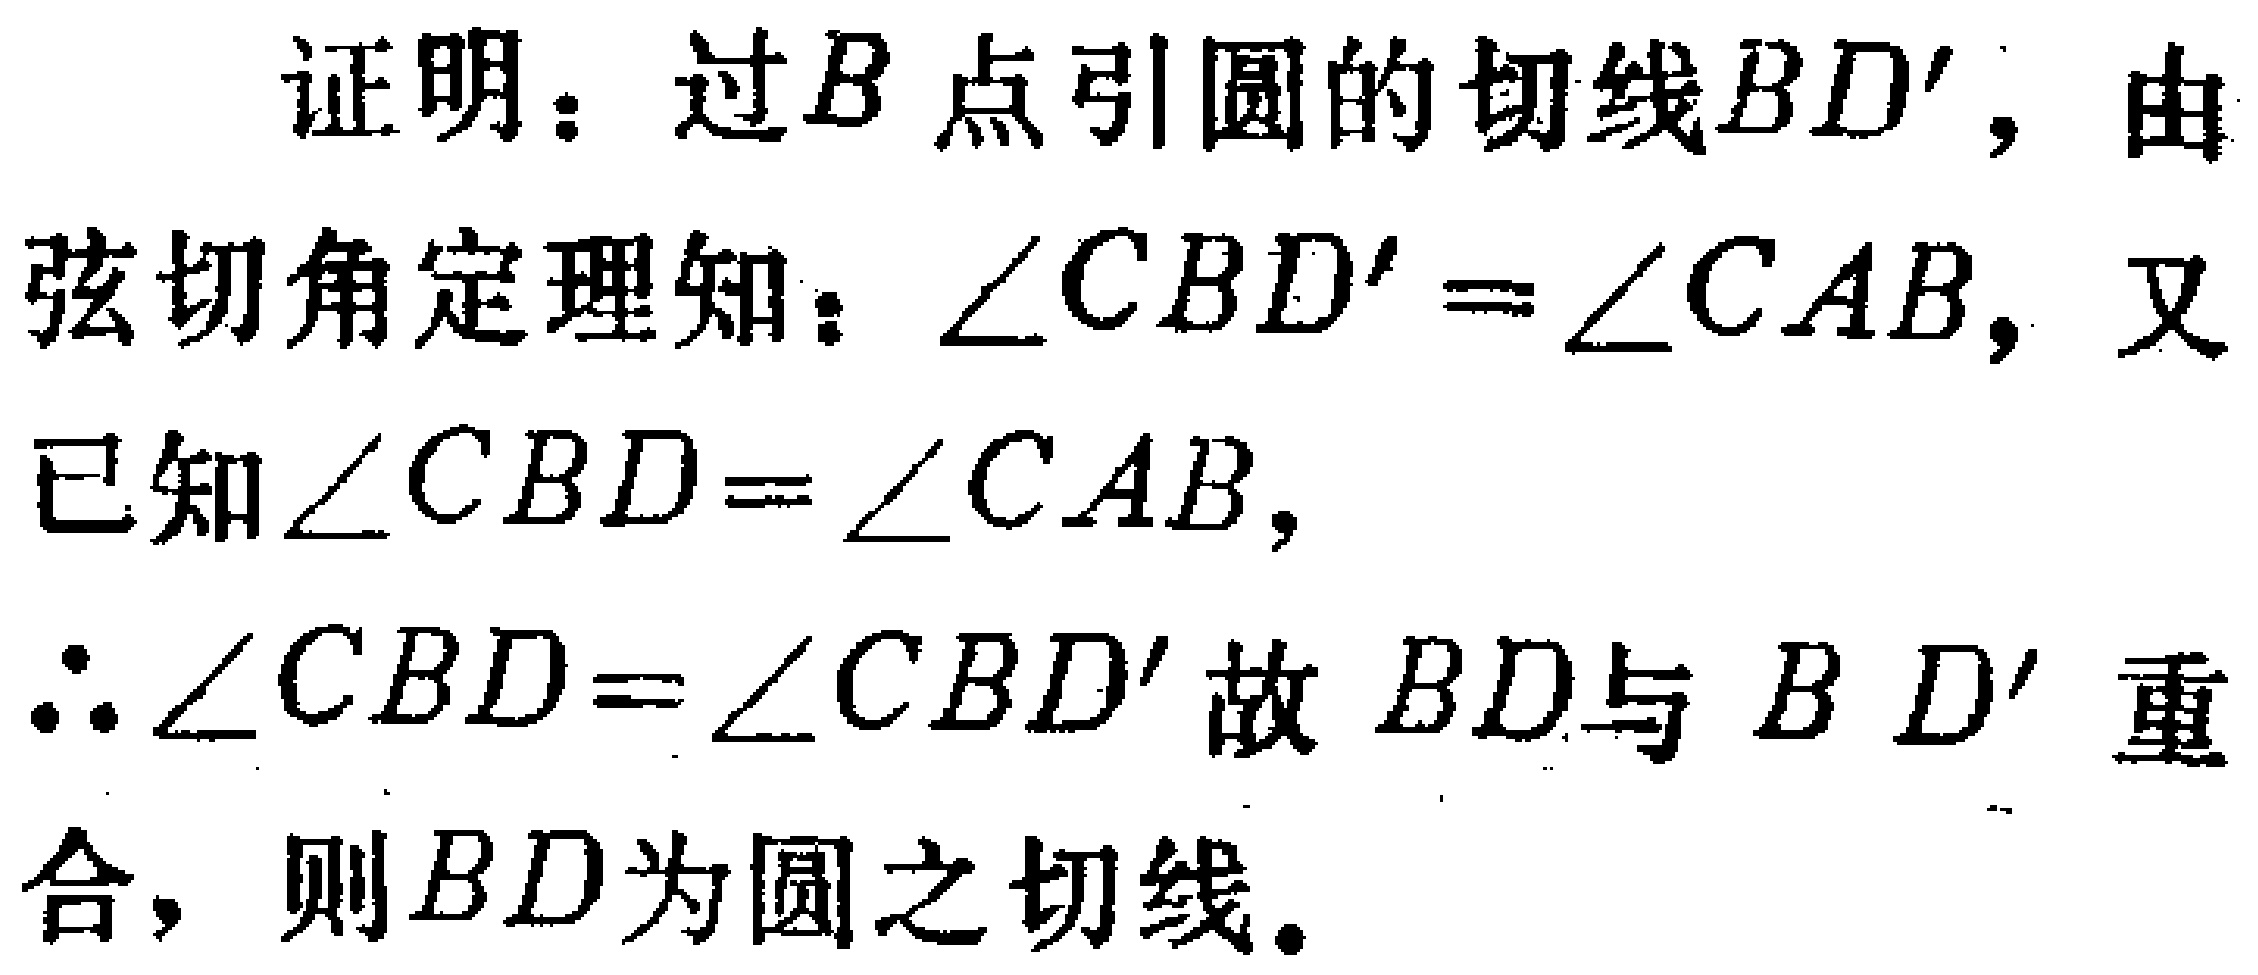
证明：过\(B\)点引圆的切线\(BD'\)，由弦切角定理知：\(\angle CBD' = \angle CAB\)，又已知\(\angle CBD = \angle CAB\)，

\(\therefore \angle CBD = \angle CBD'\)故 \(BD\)与 \(BD'\) 重合，则\(BD\)为圆之切线。